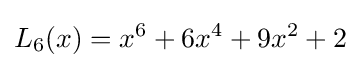
L_{6}(x)=x^{6}+6x^{4}+9x^{2}+2